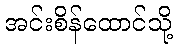
အင်းစိန်ထောင်သို့